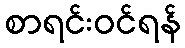
စာရင်းဝင်ရန်